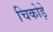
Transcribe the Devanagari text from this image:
चिकोड़े